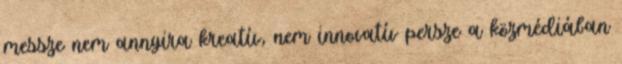
messze nem annyira kreatív, nem innovatív persze a közmédiában